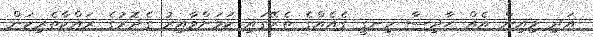
އަދި މިއިން އެއް ޙާދިސާ ހިނގީ ގެއެއްގެ ތެރޭގައި ކަމަށްވާއިރު ގެދޮރުގެ ރައްކާތެރިކަން